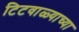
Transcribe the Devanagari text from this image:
टिटवाळ्याच्या